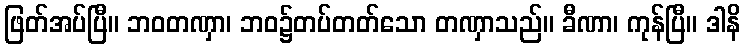
ဖြတ်အပ်ပြီ။ ဘဝတဏှာ၊ ဘဝ၌တပ်တတ်သော တဏှာသည်။ ခီဏာ၊ ကုန်ပြီ။ ဒါနိ